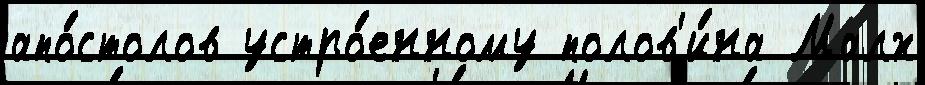
апо́столов устро́енному полов'и́на Малх